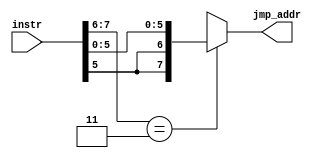
`timescale 1ns / 1ps
//////////////////////////////////////////////////////////////////////////////////
// Company: 
// Engineer: 
// 
// Design Name: 
// Module Name:    Address_Gen 
// Project Name: 
// Target Devices: 
// Tool versions: 
// Description: 
//
// Dependencies: 
//
// Revision: 
// Revision 0.01 - File Created
// Additional Comments: 
//
//////////////////////////////////////////////////////////////////////////////////
module Address_Gen(
	input wire [7:0] instr,
	output wire [7:0] jmp_addr
    );
	wire [1:0] opcode = instr[7:6];
	reg [7:0] adr_fin;
	always@(*)
		begin
		if(opcode == 2'b11)
			begin
			adr_fin = {{2{instr[5]}},instr[5:0]};//sign extending the partial address.
			end
		else
			begin
			adr_fin = 8'bx;
			end
		end
	assign jmp_addr = adr_fin; 


endmodule